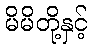
မိမိတို့နှင့်